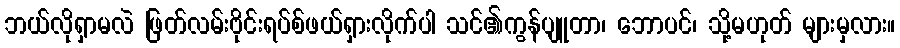
ဘယ်လိုရှာမလဲ ဖြတ်လမ်းဗိုင်းရပ်စ်ဖယ်ရှားလိုက်ပါ သင်၏ကွန်ပျူတာ၊ ဘောပင်၊ သို့မဟုတ် များမှလား။